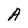
Character: A